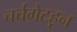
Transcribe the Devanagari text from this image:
चर्चगेटहून